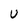
Character: U